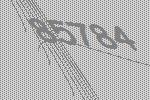
85784